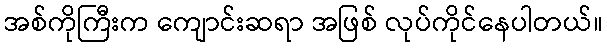
အစ်ကိုကြီးက ကျောင်းဆရာ အဖြစ် လုပ်ကိုင်နေပါတယ်။